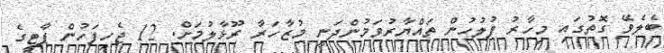
ބެލެވޭ ގޮތުގައި މިހާރު ފުލުހުން ތައްޔާރުވަމުންދަނީ މުޒާހަރާ ރޫޅާލުމަށް. 12 ޖެހިފަހުން ޕާޓީގެ